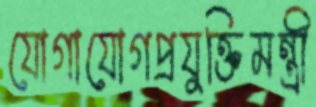
যোগাযোগপ্রযুক্তিমন্ত্রী